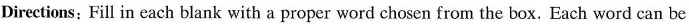
Directions： Fill in cach blank with a proper word chosen from the box. Each word can be